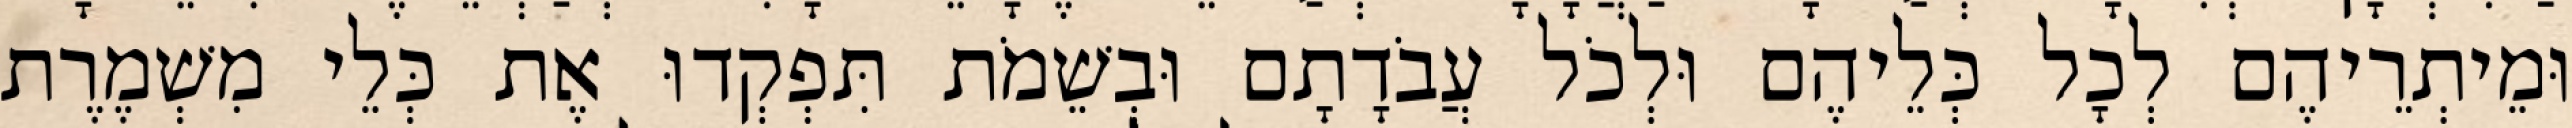
וּמֵיתְרֵיהֶם לְכָל כְּלֵיהֶם וּלְכֹל עֲבֹדָתָם וּבְשֵׁמֹת תִּפְקְדוּ אֶת כְּלֵי מִשְׁמֶרֶת